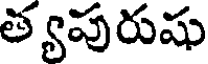
త్యపురుషు